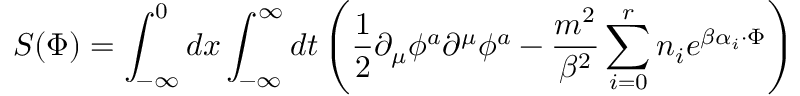
S ( \Phi ) = \int _ { - \infty } ^ { 0 } d x \int _ { - \infty } ^ { \infty } d t \left( \frac { 1 } { 2 } \partial _ { \mu } \phi ^ { a } \partial ^ { \mu } \phi ^ { a } - \frac { m ^ { 2 } } { \beta ^ { 2 } } \sum _ { i = 0 } ^ { r } n _ { i } e ^ { \beta \alpha _ { i } \cdot \Phi } \right)